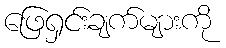
ဖြေရှင်းချက်များကို